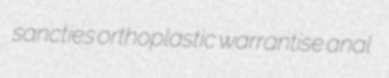
sancties orthoplastic warrantise anal